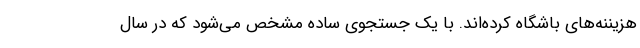
هزیننه‌های باشگاه کرده‌اند. با یک جستجوی ساده مشخص می‌شود که در سال